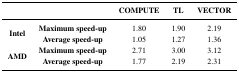
|  |  | COMPUTE | TL | VECTOR |
 | --- | --- | --- | --- | --- |
 | <ROWSPAN=2> Intel | Maximum speed-up | 1.80 | 1.90 | 2.19 |
 | Average speed-up | 1.05 | 1.27 | 1.36 |
 | <ROWSPAN=2> AMD | Maximum speed-up | 2.71 | 3.00 | 3.12 |
 | Average speed-up | 1.77 | 2.19 | 2.31 |